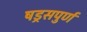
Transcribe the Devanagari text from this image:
षड्रसपुर्ण